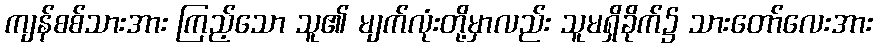
ကျန်စစ်သားအား ကြည့်သော သူ၏ မျက်လုံးတို့မှာလည်း သူမရှိခိုက်၌ သားတော်လေးအား